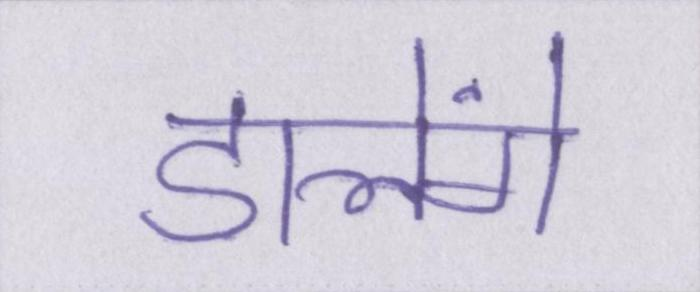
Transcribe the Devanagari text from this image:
डालेंगे